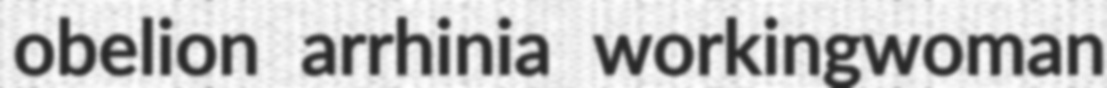
obelion arrhinia workingwoman